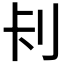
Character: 𭃏